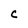
Character: C